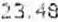
23.48